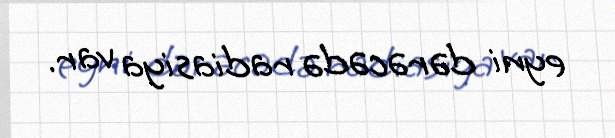
eyni dərəcədə radiasiya var.